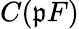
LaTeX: C(\mathfrak{p}F)